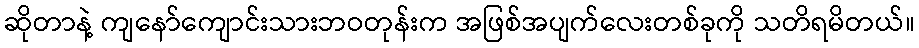
ဆိုတာနဲ့ ကျနော်ကျောင်းသားဘဝတုန်းက အဖြစ်အပျက်လေးတစ်ခုကို သတိရမိတယ်။